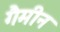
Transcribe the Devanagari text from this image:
गैमीन